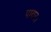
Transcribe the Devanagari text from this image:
पायन।